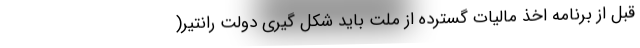
قبل از برنامه اخذ مالیات گسترده از ملت باید شکل گیری دولت رانتیر(